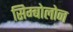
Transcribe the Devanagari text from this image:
सिम्बोलोन